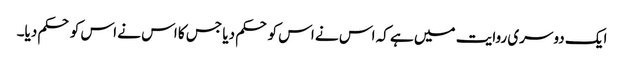
ایک دوسری روایت میں ہے کہ اس نے اس کو حکم دیا جس کا اس نے اس کو حکم دیا۔